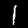
Digit: 1